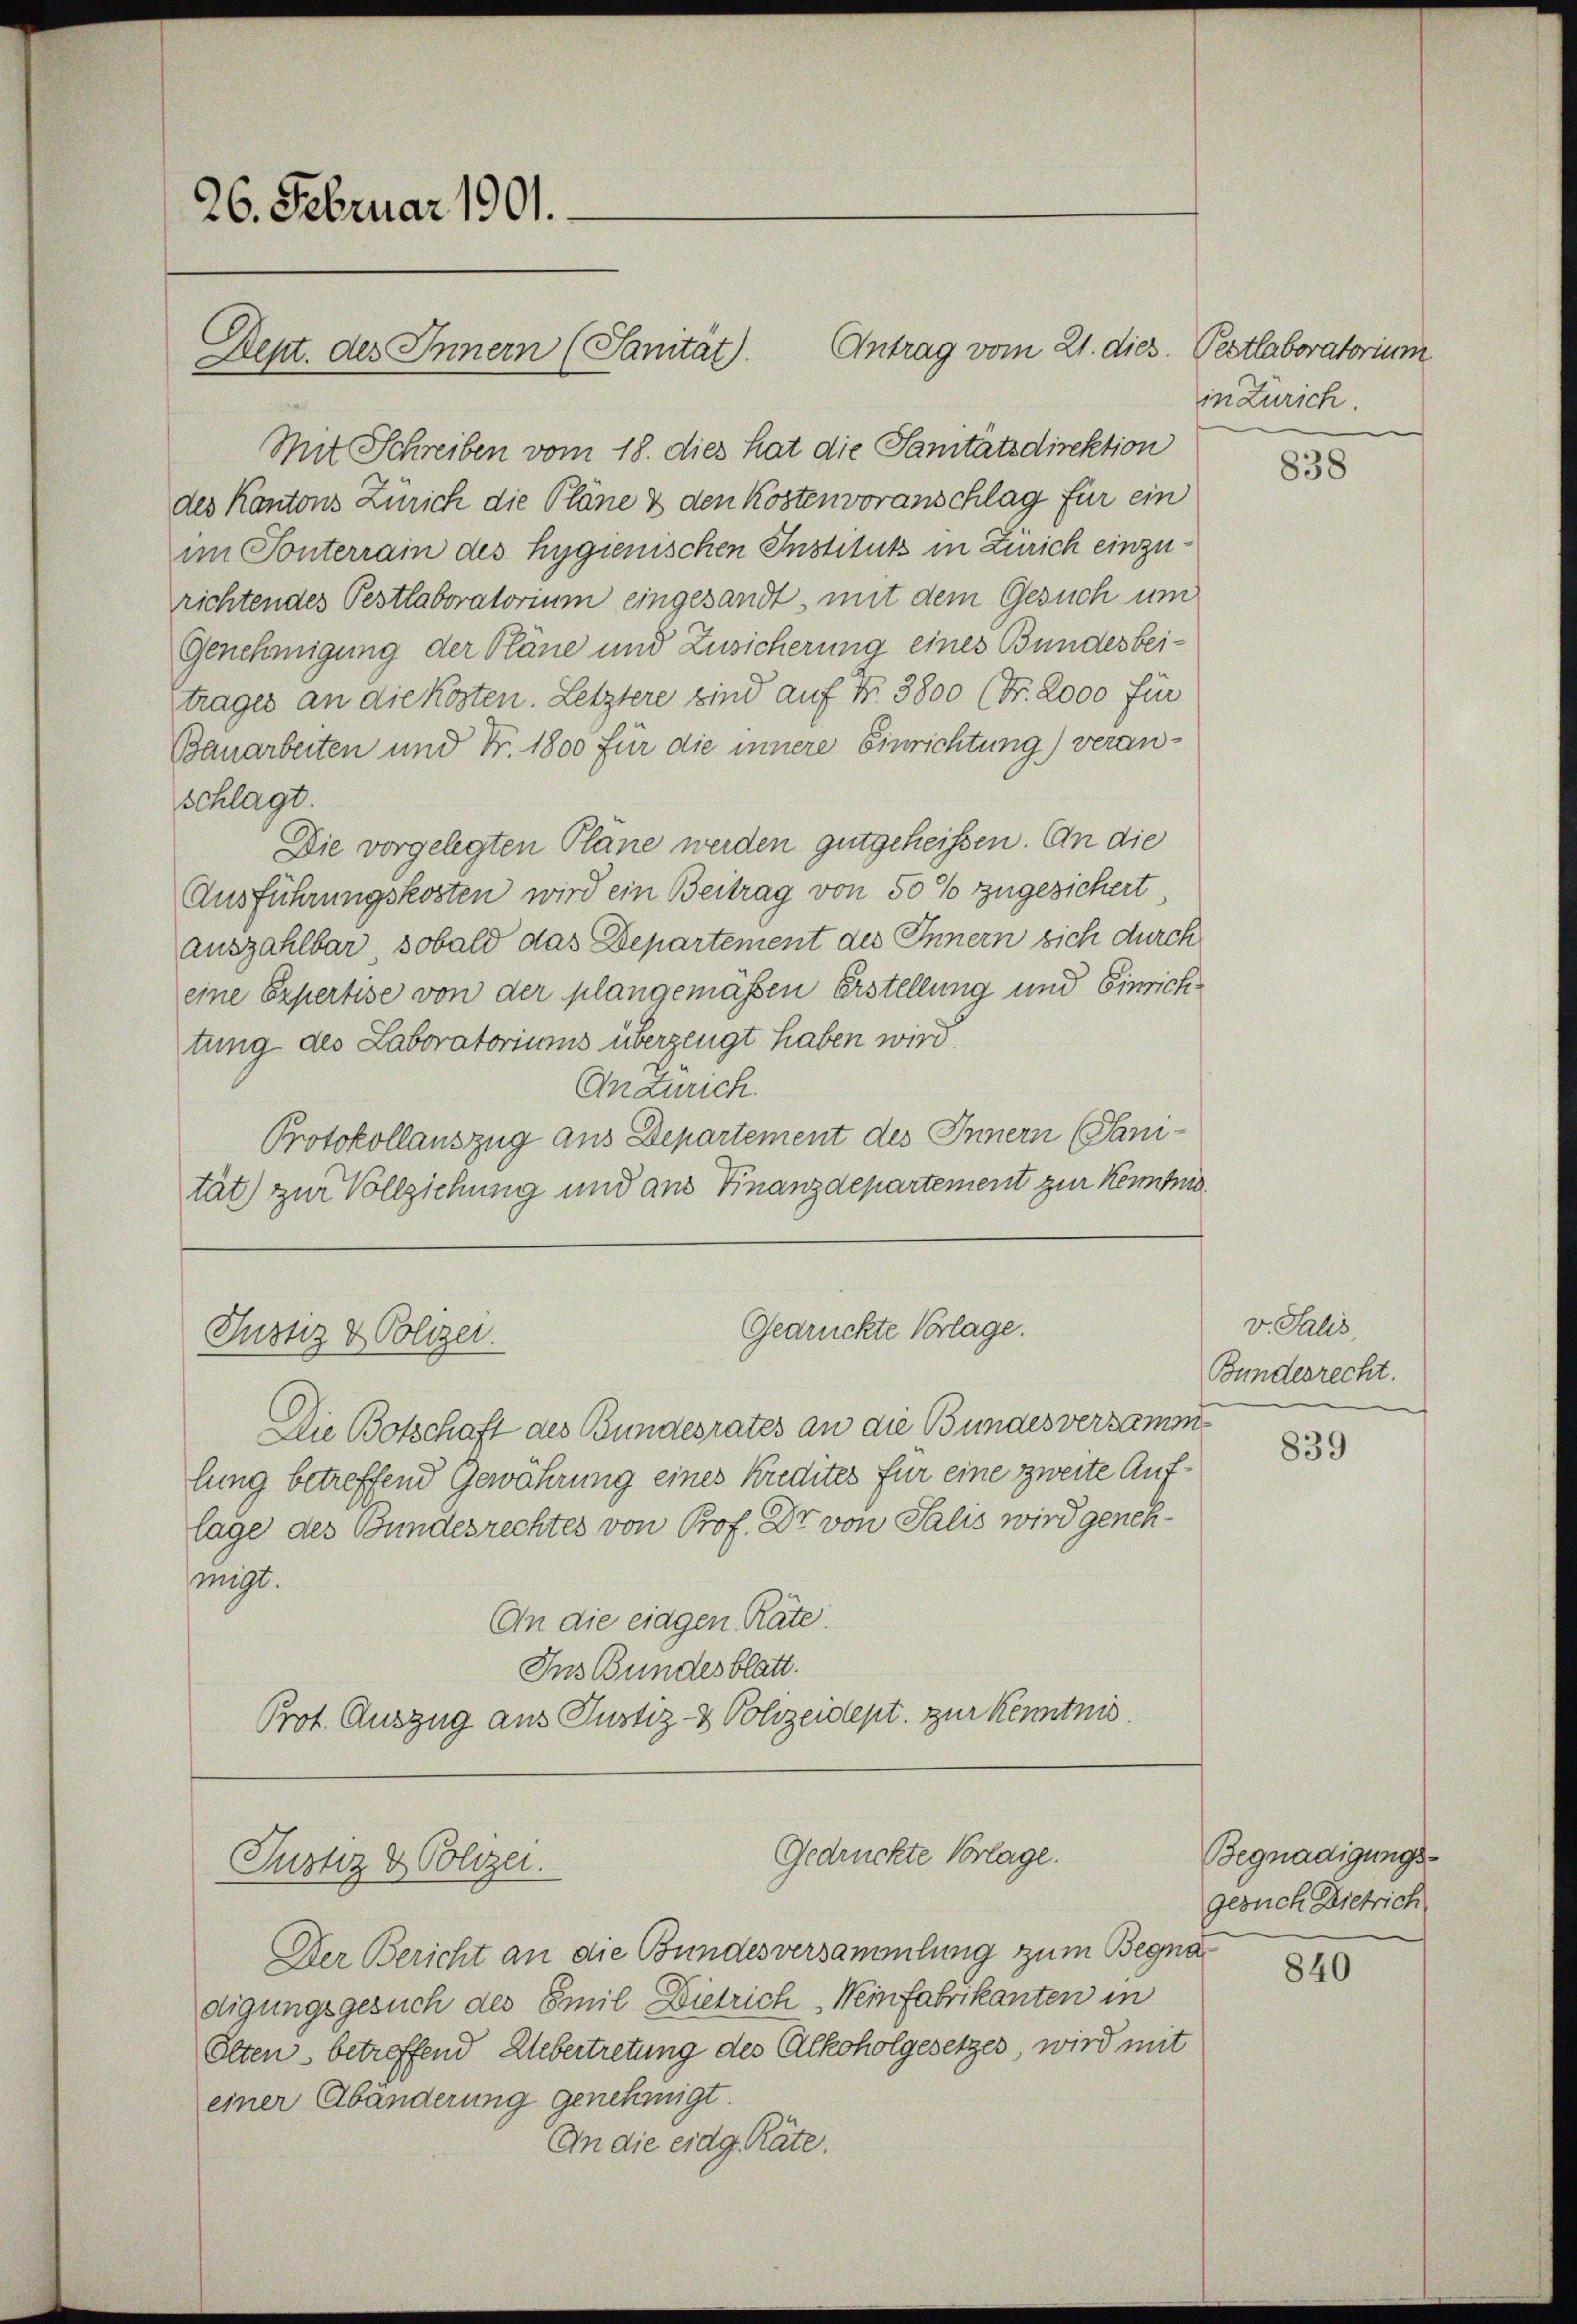
26. Februar 1901.

Mit Schreiben vom 18. dies hat die Sanitätsdirektion
des Kantons Zürich die Pläne & den Kostenvoranschlag für ein
im Tonterrain des Hygienischen Institut in Zürich einzurichtendes Pestlaboratorium eingesandt, mit dem Gesuch um
Genehmigung der Pläne und Zusicherung eines Bundesbeitrages an die Kosten. Letztere sind auf Nr. 3800 (Fr. 2000 für
Bauarbeiten und Fr. 1800 für die innere Einrichtung) veranschlagt.
Die vorgelegten Plane werden gutgeheißen. An die
Ausführungskosten wird ein Beitrag von 50 % zugesichert.
auszahlbar, sobald das Departement des Innern sich durch
eine Expertise von der plangemassen Erstellung und Einrichtung des Laboratoriums überzeugt haben wird.
Andürich
Protokollauszug aus Departement des Innern (Sani-
tät) zur Vollziehung und aus Finanzdepartement zur Kenntn

Dept. des Innern (Sanitat.

Justiz & Polizei.

Die Botschaft des Bundesrates an die Bundesversamm
lung betreffend Gewährung eines Kredites für eine zweite Auflage des Bundesrechtes von Prof. Dr von Salis wird genehmigt.
An die eingen Räte.
Ins Bundesblatt.
Prot. Auszug aus Justiz- & Polizeidept. zur Kenntnis.
Gedrückte Vorlage.
Justiz & Polizei.
Der Bericht an die Bundesversammlung zum Begnadigungsgesuch des Emil Dietrich Weinfabrikanten in
Olten, betreffend Uebertretung des Alkoholgesetzes, wird mit
einer Abänderung genehmigt.
An die eidg. Räte.

Antrag vom 21. dies. Pestlaboratorium

Gedrückte Vorlage.

in Zürich

838

v. Salis,
Bundesrecht.

839

Begnadigungs-
gesuch Dietrich

840